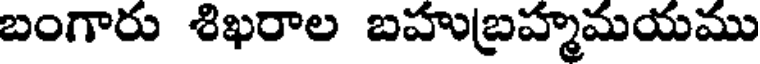
బంగారు శిఖరాల బహుబ్రహ్మమయము